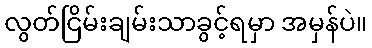
လွတ်ငြိမ်းချမ်းသာခွင့်ရမှာ အမှန်ပဲ။